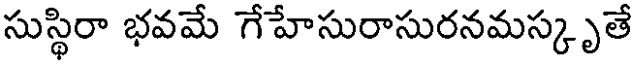
సుస్థిరా భవమే గేహేసురాసురనమస్కృతే